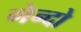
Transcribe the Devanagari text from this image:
गेन्दो